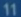
11